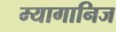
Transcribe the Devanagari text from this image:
म्यागानिज